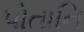
પોતાનિ